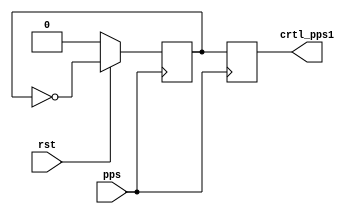
module crtl_generater (pps,rst,crtl_pps1);

input rst;
input pps;

output reg crtl_pps1;


reg crtl_pps_reg;

always @ (posedge pps)
begin
	if (!rst) 
		begin
		crtl_pps_reg <= 0;
		end
	else begin
		crtl_pps_reg <= ~crtl_pps_reg;	
	end
	
	crtl_pps1 = crtl_pps_reg;

end
endmodule